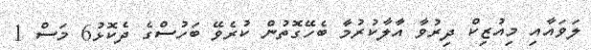
ލަވައާއި މިއުޒިކް ދިރުވާ އާލާކުރުމާ ބެހޭގޮތުން ކުރެވޭ ބަހުސްގެ ދެކޮޅު6 މަސް 1